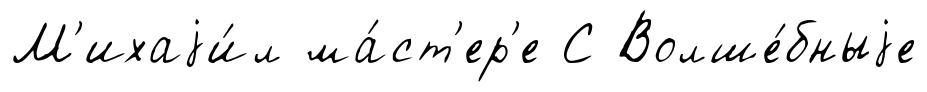
М'ихаjи́л ма́ст'ер'е С Волше́бныjе